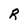
Character: R